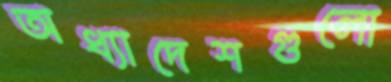
অধ্যাদেশগুলো